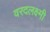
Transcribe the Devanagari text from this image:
वरदलक्ष्मी